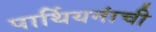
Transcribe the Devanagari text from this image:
पार्थियनांची